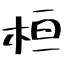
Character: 桓